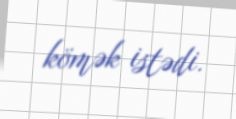
kömək istədi.